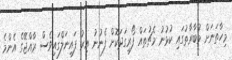
މިހާތަނަށް މުބާރާތުގައި ކުޅުނު މެޗުތައް ފޯރިގަދަކޮށް ފެނުނު އިރު ފައިނަލްގައިވެސް ރާއްޖޭގެ އެންމެ